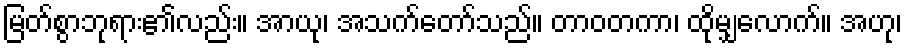
မြတ်စွာဘုရား၏လည်း။ အာယု၊ အသက်တော်သည်။ တာဝတကာ၊ ထိုမျှလောက်။ အဟု၊